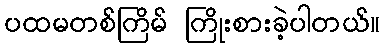
ပထမတစ်ကြိမ် ကြိုးစားခဲ့ပါတယ်။